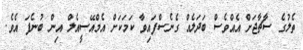
ތެލުގެ ސާޗާޖަށް އެއްވެސް ބަދަލެއް ގެނެސްފައިވާ ކަމަކަށް އެމްއޭސީއެލް އިން ބުނެފަ އެވެ.